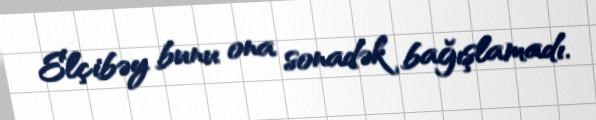
Elçibəy bunu ona sonadək bağışlamadı.